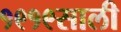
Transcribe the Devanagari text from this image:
१९१९साली